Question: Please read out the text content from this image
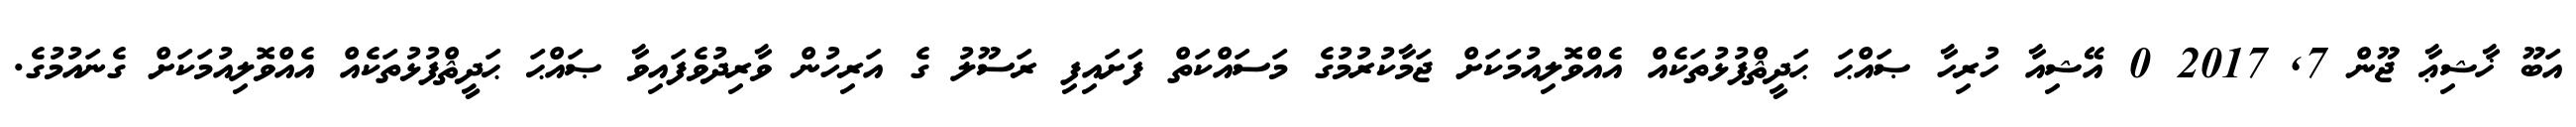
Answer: އަބޫ ޚާޝިޢާ ޖޫން 7, 2017 0 އޭޝިއާ ހުރިހާ ޞައްޙަ ޙަދީޘްފުޅުތަކެއް އެއްވޮލިއުމަކަށް ޖަމާކުރުމުގެ މަސައްކަތް ފަށައިފި ރަސޫލު ގެ އަރިހުން ވާރިދުވެފައިވާ ޞައްޙަ ޙަދީޘްފުޅުތަކެއް އެއްވޮލިއުމަކަށް ގެނައުމުގެ.